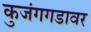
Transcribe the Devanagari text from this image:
कुजंगगडावर